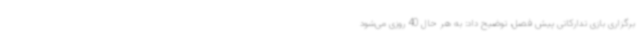
برگزاری بازی تدارکاتی پیش فصل، توضیح داد: به هر حال 40 روزی می‌شود